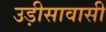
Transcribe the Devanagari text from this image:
उड़ीसावासी